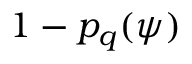
1 - p _ { q } ( \psi )